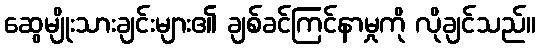
ဆွေမျိုးသားချင်းများ၏ ချစ်ခင်ကြင်နာမှုကို လိုချင်သည်။